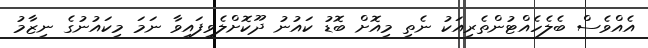
އެއްވެސް ބެލެހެއްޓުންތެރިއަކު ނެތި މިއޮށް ބޮޑު ކައުނު ދޫކޮށްލެވިފައިވާ ނަމަ މިކައުނުގެ ނިޒާމު